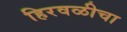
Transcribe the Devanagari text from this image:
हिरवळीचा